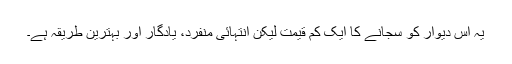
یہ اس دیوار کو سجانے کا ایک کم قیمت لیکن انتہائی منفرد، یادگار اور بہترین طریقہ ہے۔